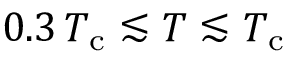
0 . 3 \, T _ { \mathrm { c } } \lesssim T \lesssim T _ { \mathrm { c } }